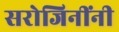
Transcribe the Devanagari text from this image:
सरोजिनींनी